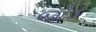
જોડ